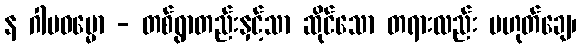
န ဂါမဓမ္မော - တစ်ရွာတည်းနှင့်သာ ဆိုင်သော တရားလည်း မဟုတ်ချေ၊